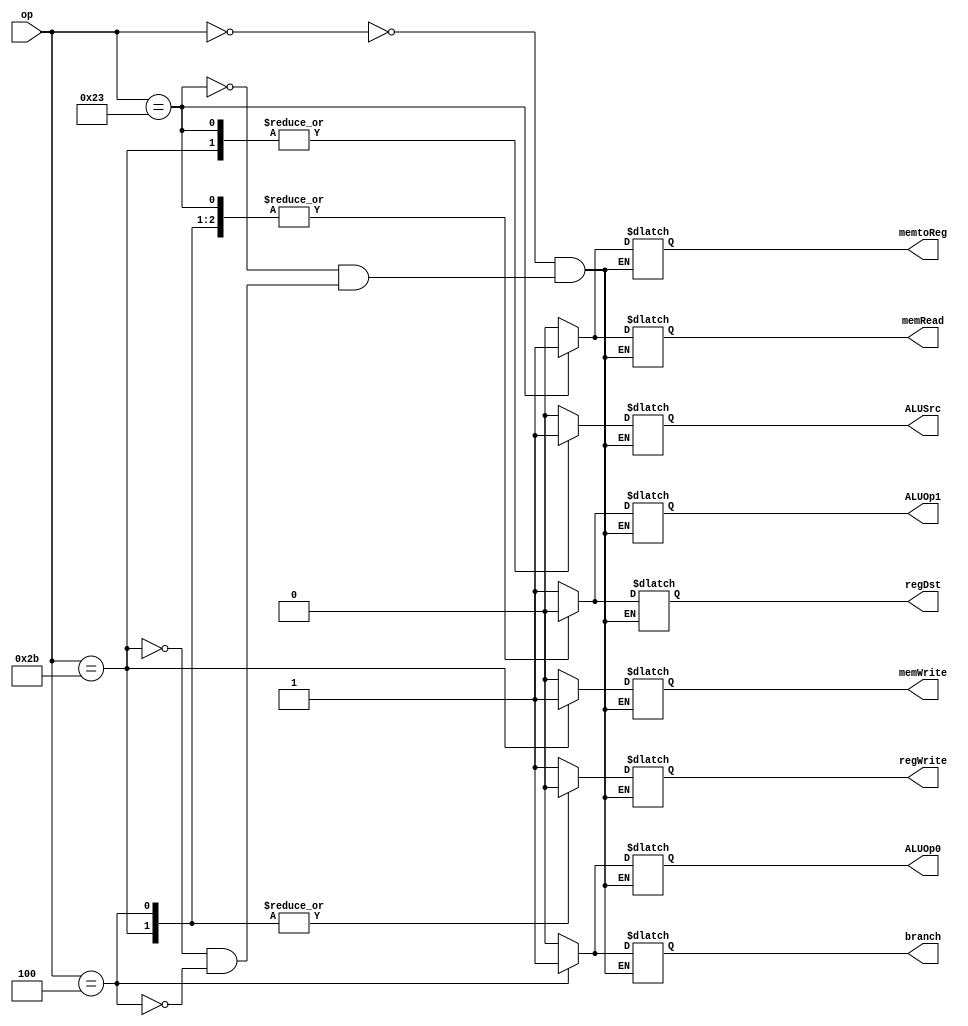
module maincontrolunit(
	input wire[5:0] op,
	output reg regDst,
	output reg ALUSrc,
	output reg memtoReg,
	output reg regWrite,
	output reg memRead,
	output reg memWrite,
	output reg branch,
	output reg ALUOp1,
	output reg ALUOp0
);

always @ (op) begin
	case(op)
		0: begin
				regDst	<=	1;
				ALUSrc	<= 0;
				memtoReg	<= 0;
				regWrite	<= 1;
				memRead	<= 0;
				memWrite	<= 0;
				branch	<= 0;
				ALUOp1	<= 1;
				ALUOp0	<= 0;
			end
		35:begin
				regDst	<=	0;
				ALUSrc	<= 1;
				memtoReg	<= 1;
				regWrite	<= 1;
				memRead	<= 1;
				memWrite	<= 0;
				branch	<= 0;
				ALUOp1	<= 0;
				ALUOp0	<= 0;
			end
		43:begin
				regDst	<=	0;
				ALUSrc	<= 1;
				memtoReg	<= 0;
				regWrite	<= 0;
				memRead	<= 0;
				memWrite	<= 1;
				branch	<= 0;
				ALUOp1	<= 0;
				ALUOp0	<= 0;
			end
		4:begin
				regDst	<=	0;
				ALUSrc	<= 0;
				memtoReg	<= 0;
				regWrite	<= 0;
				memRead	<= 0;
				memWrite	<= 0;
				branch	<= 1;
				ALUOp1	<= 0;
				ALUOp0	<= 1;
			end
	endcase
end

endmodule